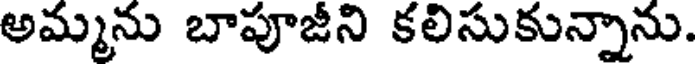
అమ్మను బాపూజీని కలిసుకున్నాను.